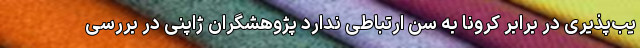
یب‌پذیری در برابر کرونا به سن ارتباطی ندارد پژوهشگران ژاپنی در بررسی